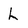
Character: L